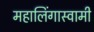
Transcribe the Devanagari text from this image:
महालिंगास्वामी